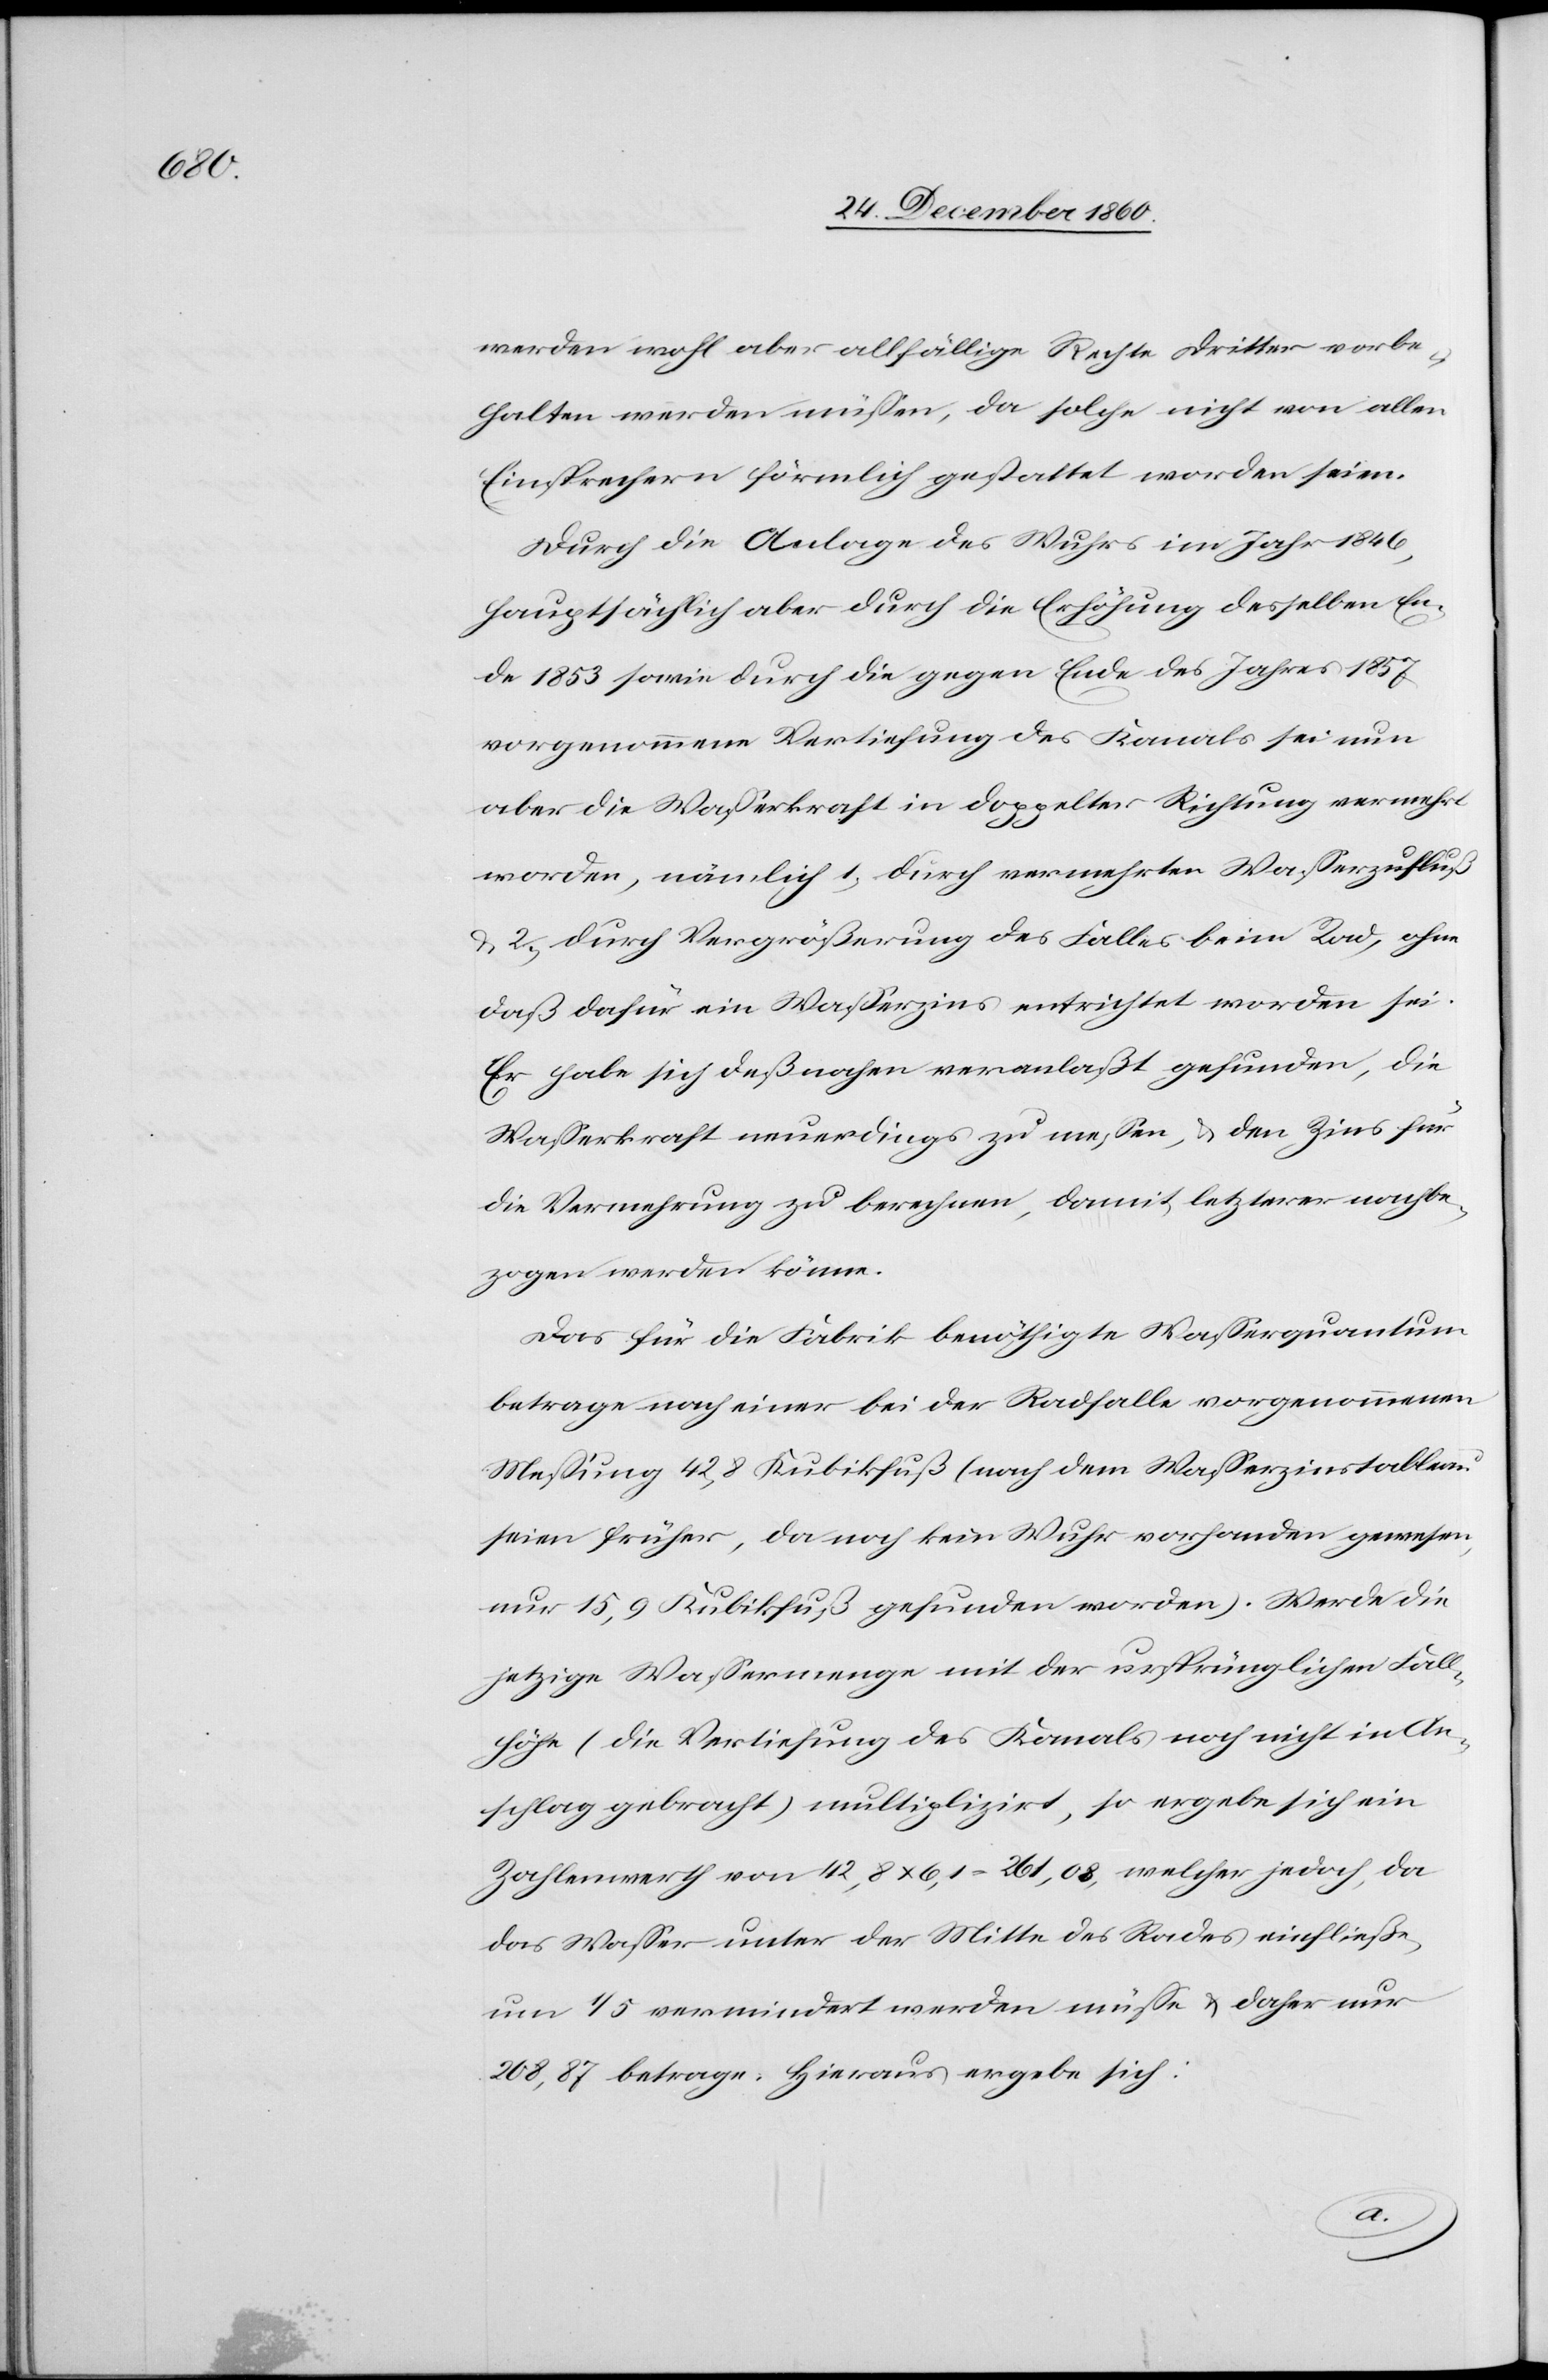
werden wohl aber allfällige Rechte dritter vorbe¬
halten werden müssen, da solche nicht von allen
Einsprechern förmlich gestattet worden seien.
Durch die Anlage des Wuhres im Jahr 1846,
hauptsächlich aber durch die Erhöhung desselben En¬
de 1853 sowie durch die gegen Ende des Jahres 1857
vorgenommene Vertiefung des Kanals sei nun
aber die Wasserkraft in doppelter Richtung vermehrt
worden, nämlich 1) durch vermehrten Wasserzufluß
u. 2) durch Vergrößerung des Falles beim Rad, ohne
daß dafür ein Wasserzins entrichtet worden sei.
Er habe sich deßnahen veranlaßt gefunden, die
Wasserkraft neuerdings zu messen, u. den Zins für
die Vermehrung zu berechnen, damit letzterer noch be¬
zogen werden könne.
Das für die Fabrik benöthigte Wasserquantum
betrage nach einer bei der Radfalle vorgenommenen
Messung 42,8 Kubikfuß (nach dem Wasserzinstableau
seien früher, da noch kein Wuhr vorhanden gewesen,
nur 15,9 Kubikfuß gefunden worden). Werde die
jetzige Wassermenge mit der ursprünglichen Fall¬
höhe (die Vertiefung des Kanals noch nicht in An¬
schlag gebracht) multiplizirt, so ergebe sich ein
Zahlenwerth von 42,8 x 6,1 = 261,08, welcher jedoch, da
das Wasser unter der Mitte des Rades einfließe,
um 1/5 vermindert werden müsse u. daher nur
208,87 betrage. Hieraus ergebe sich